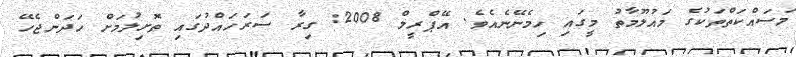
މަސައްކަތްތަކުގެ މައުލޫމާތު މީގައި ހިމެނޭނެއެވެ. އޭޕްރީލް 2008: ގިރާ ސަރަހައްދުގައި ތޮށިލުމަށް ހަދަންޖެހޭ